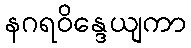
နဂရဝိန္ဒေယျကာ